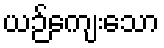
ယဉ်ကျေးသော